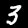
Digit: 3